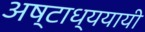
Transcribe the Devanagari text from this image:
अष्टाध्ययायी